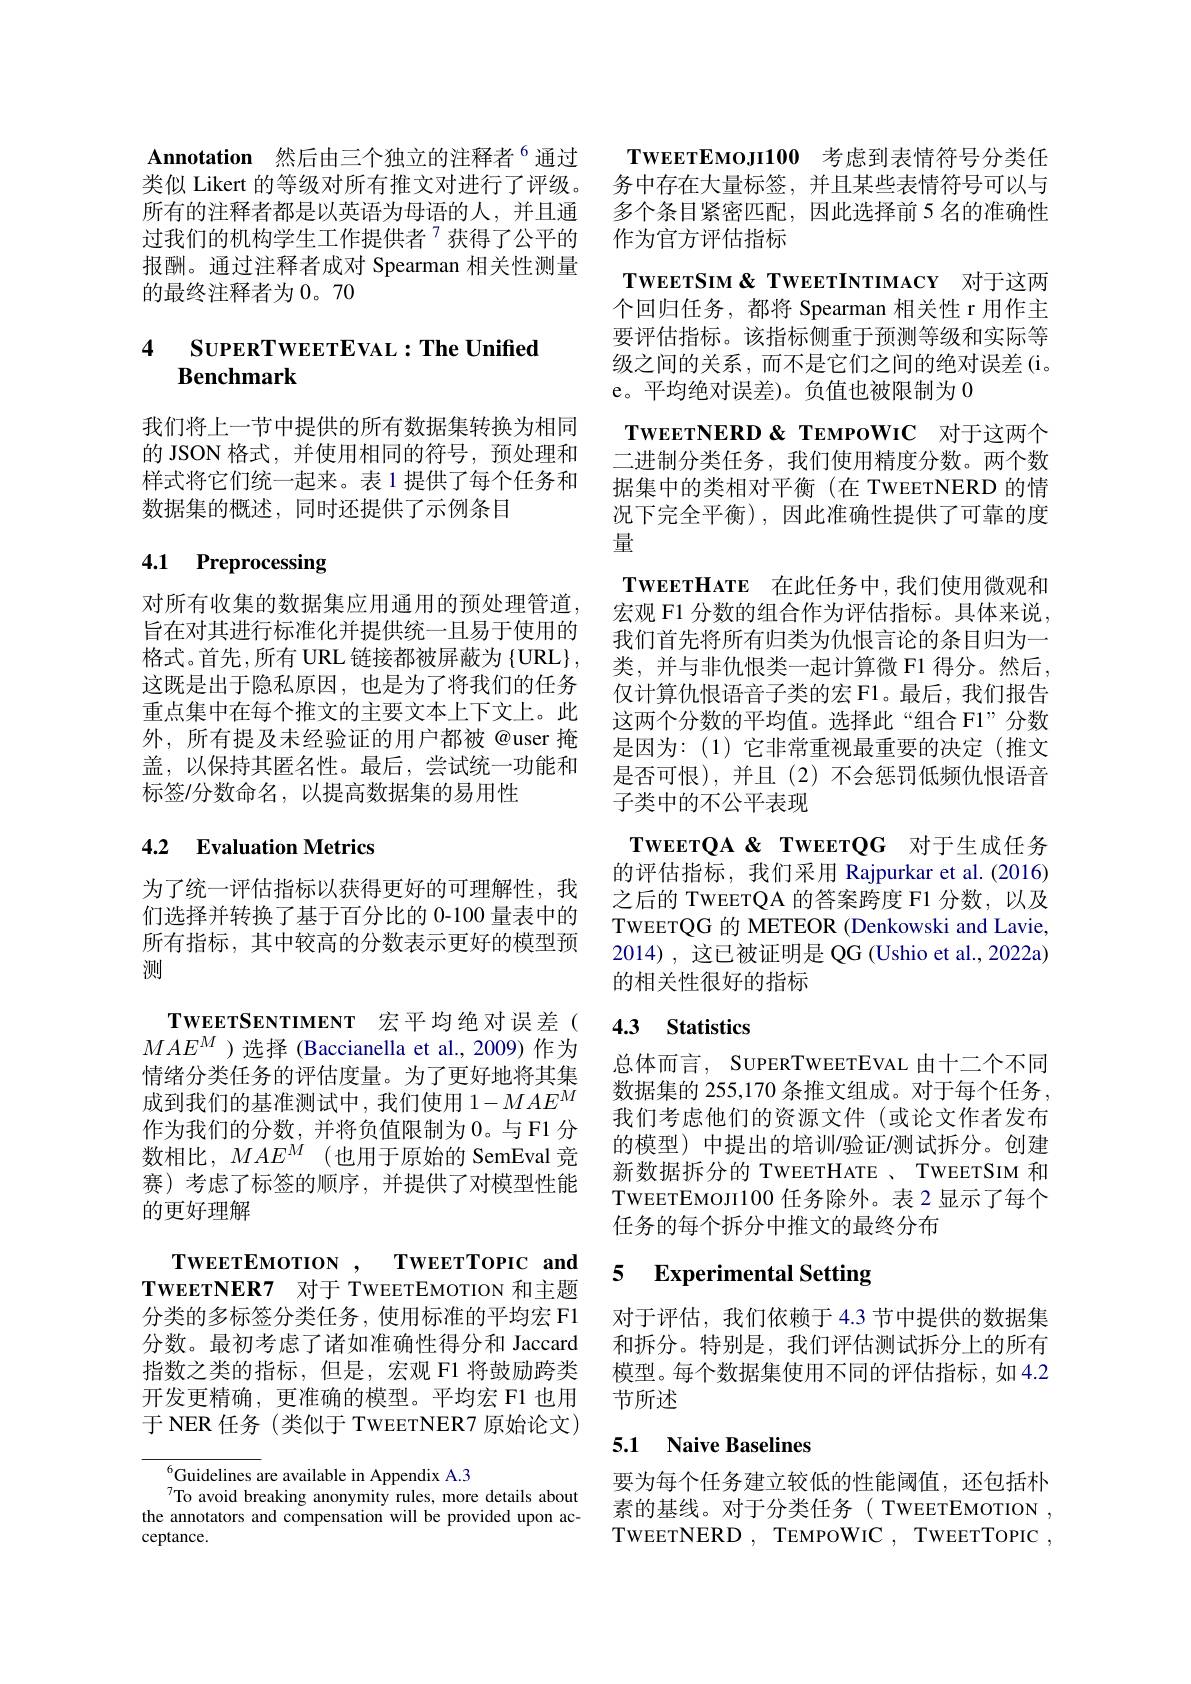
Annotation 然后由三个独立的注释者$^{6}$通过 TwEETEMOJI100 考虑到表情符号分类任类似 Likert 的等级对所有推文对进行了评级。务中存在大量标签，并且某些表情符号可以与所有的注释者都是以英语为母语的人，并且通 多个条目紧密匹配，因此选择前 5 名的准确性过我们的机构学生工作提供者$^{7}$获得了公平的 作为官方评估指标
报酬。通过注释者成对 Spearman 相关性测量
的最终注释者为 0。70

### 4 SUPERTWEETEVAL$: \textbf{The Unified}$ Benchmark

我们将上一节中提供的所有数据集转换为相同的 JSON 格式，并使用相同的符号，预处理和样式将它们统一起来。表 1 提供了每个任务和数据集的概述，同时还提供了示例条目

# 4.1 Preprocessing

对所有收集的数据集应用通用的预处理管道， 旨在对其进行标准化并提供统一且易于使用的格式。首先，所有 URL 链接都被屏蔽为 $\left\{\mathrm{URL}\right\}$, 这既是出于隐私原因，也是为了将我们的任务重点集中在每个推文的主要文本上下文上。此外，所有提及未经验证的用户都被@user 掩盖，以保持其匿名性。最后，尝试统一功能和标签/分数命名，以提高数据集的易用性

# 4.2 Evaluation Metrics

为了统一评估指标以获得更好的可理解性，我们选择并转换了基于百分比的 0-100 量表中的所有指标，其中较高的分数表示更好的模型预测

$\mathbf{TweerSen}$TIMENT 宏平均绝对误差( $MAE^M$ )选择 (Baccianella et al.,2009)作为情绪分类任务的评估度量。为了更好地将其集成到我们的基准测试中，我们使用$1-MAE^M$ 作为我们的分数，并将负值限制为0。与F1 分数相比，$MAE^M$ (也用于原始的 SemEval 竞赛)考虑了标签的顺序，并提供了对模型性能的更好理解
$\mathbf{TweerNER7}$对于 TWEETEMOTION 和主题分类的多标签分类任务，使用标准的平均宏 F1分数。最初考虑了诸如准确性得分和 Jaccard 指数之类的指标，但是，宏观 F1 将鼓励跨类开发更精确，更准确的模型。平均宏 F1 也用于 NER 任务 (类似于 TWEETNER7 原始论文)

${}^{6}$Guidelines are available in Appendix A.3
To avoid breaking anonymity rules, more details about the annotators and compensation will be provided upon acceptance.

TWEETSIM& TWEETINTIMACY 对于这两

个回归任务，都将 Spearman 相关性 r 用作主要评估指标。该指标侧重于预测等级和实际等级之间的关系，而不是它们之间的绝对误差(i。e。平均绝对误差)。负值也被限制为0
TWEETNERD & TEMPOWIC 对于这两个二进制分类任务，我们使用精度分数。两个数据集中的类相对平衡(在 TWEETNERD 的情况下完全平衡),因此准确性提供了可靠的度量
$\textbf{TWEETHATE}$ 在此任务中，我们使用微观和宏观 F1 分数的组合作为评估指标。具体来说， 我们首先将所有归类为仇恨言论的条目归为一类，并与非仇恨类一起计算微 F1 得分。然后， 仅计算仇恨语音子类的宏 Fl。最后，我们报告这两个分数的平均值。选择此“组合 F1”分数是因为：(1)它非常重视最重要的决定(推文是否可恨),并且(2)不会惩罚低频仇恨语音子类中的不公平表现
TWEETQA & TWEETQG 对于生成任务的评估指标，我们采用 Rajpurkar et al.(2016) 之后的 TWEETQA 的答案跨度 F1 分数，以及TWEETQG 的 METEOR (Denkowski and Lavie, 2014), 这已被证明是 QG (Ushio et al., 2022a) 的相关性很好的指标
4.3 Statistics

总体而言，SUPERTWEETEVAL 由十二个不同数据集的 255,170 条推文组成。对于每个任务， 我们考虑他们的资源文件(或论文作者发布的模型) 中提出的培训/验证/测试拆分。创建新数据拆分的 TWEETHATE 、 TWEETSIM 和TWEETEMOJI100 任务除外。表 2 显示了每个任务的每个拆分中推文的最终分布

## 5 Experimental Setting

对于评估，我们依赖于 4.3 节中提供的数据集和拆分。特别是，我们评估测试拆分上的所有模型。每个数据集使用不同的评估指标，如4.2节所述

## 5.1 Naive Baselines

要为每个任务建立较低的性能阈值，还包括朴素的基线。对于分类任务( TWEETEMOTION , TWEETNERD , TEMPOWIC , TWEETTOPIC ,